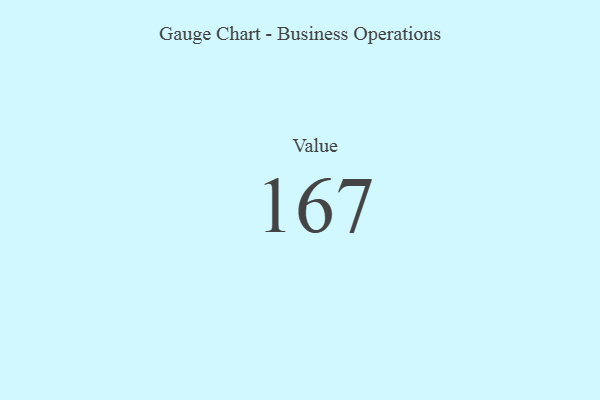
{"axis": {"x": "Metric", "y": "Value"}, "legend": [""], "data": [{"x": "Value", "y": 167, "type": ""}]}